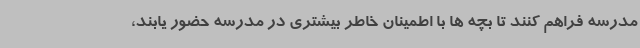
مدرسه فراهم کنند تا بچه ها با اطمینان خاطر بیشتری در مدرسه حضور یابند،